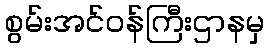
စွမ်းအင်ဝန်ကြီးဌာနမှ